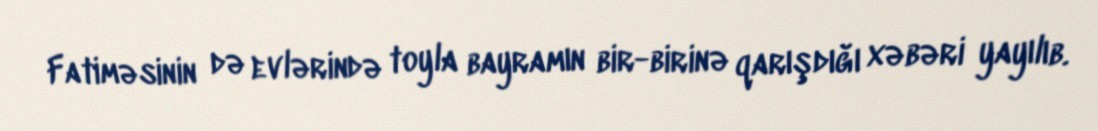
Fatiməsinin də evlərində toyla bayramın bir-birinə qarışdığı xəbəri yayılıb.